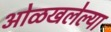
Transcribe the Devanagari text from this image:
ओळखलेल्या